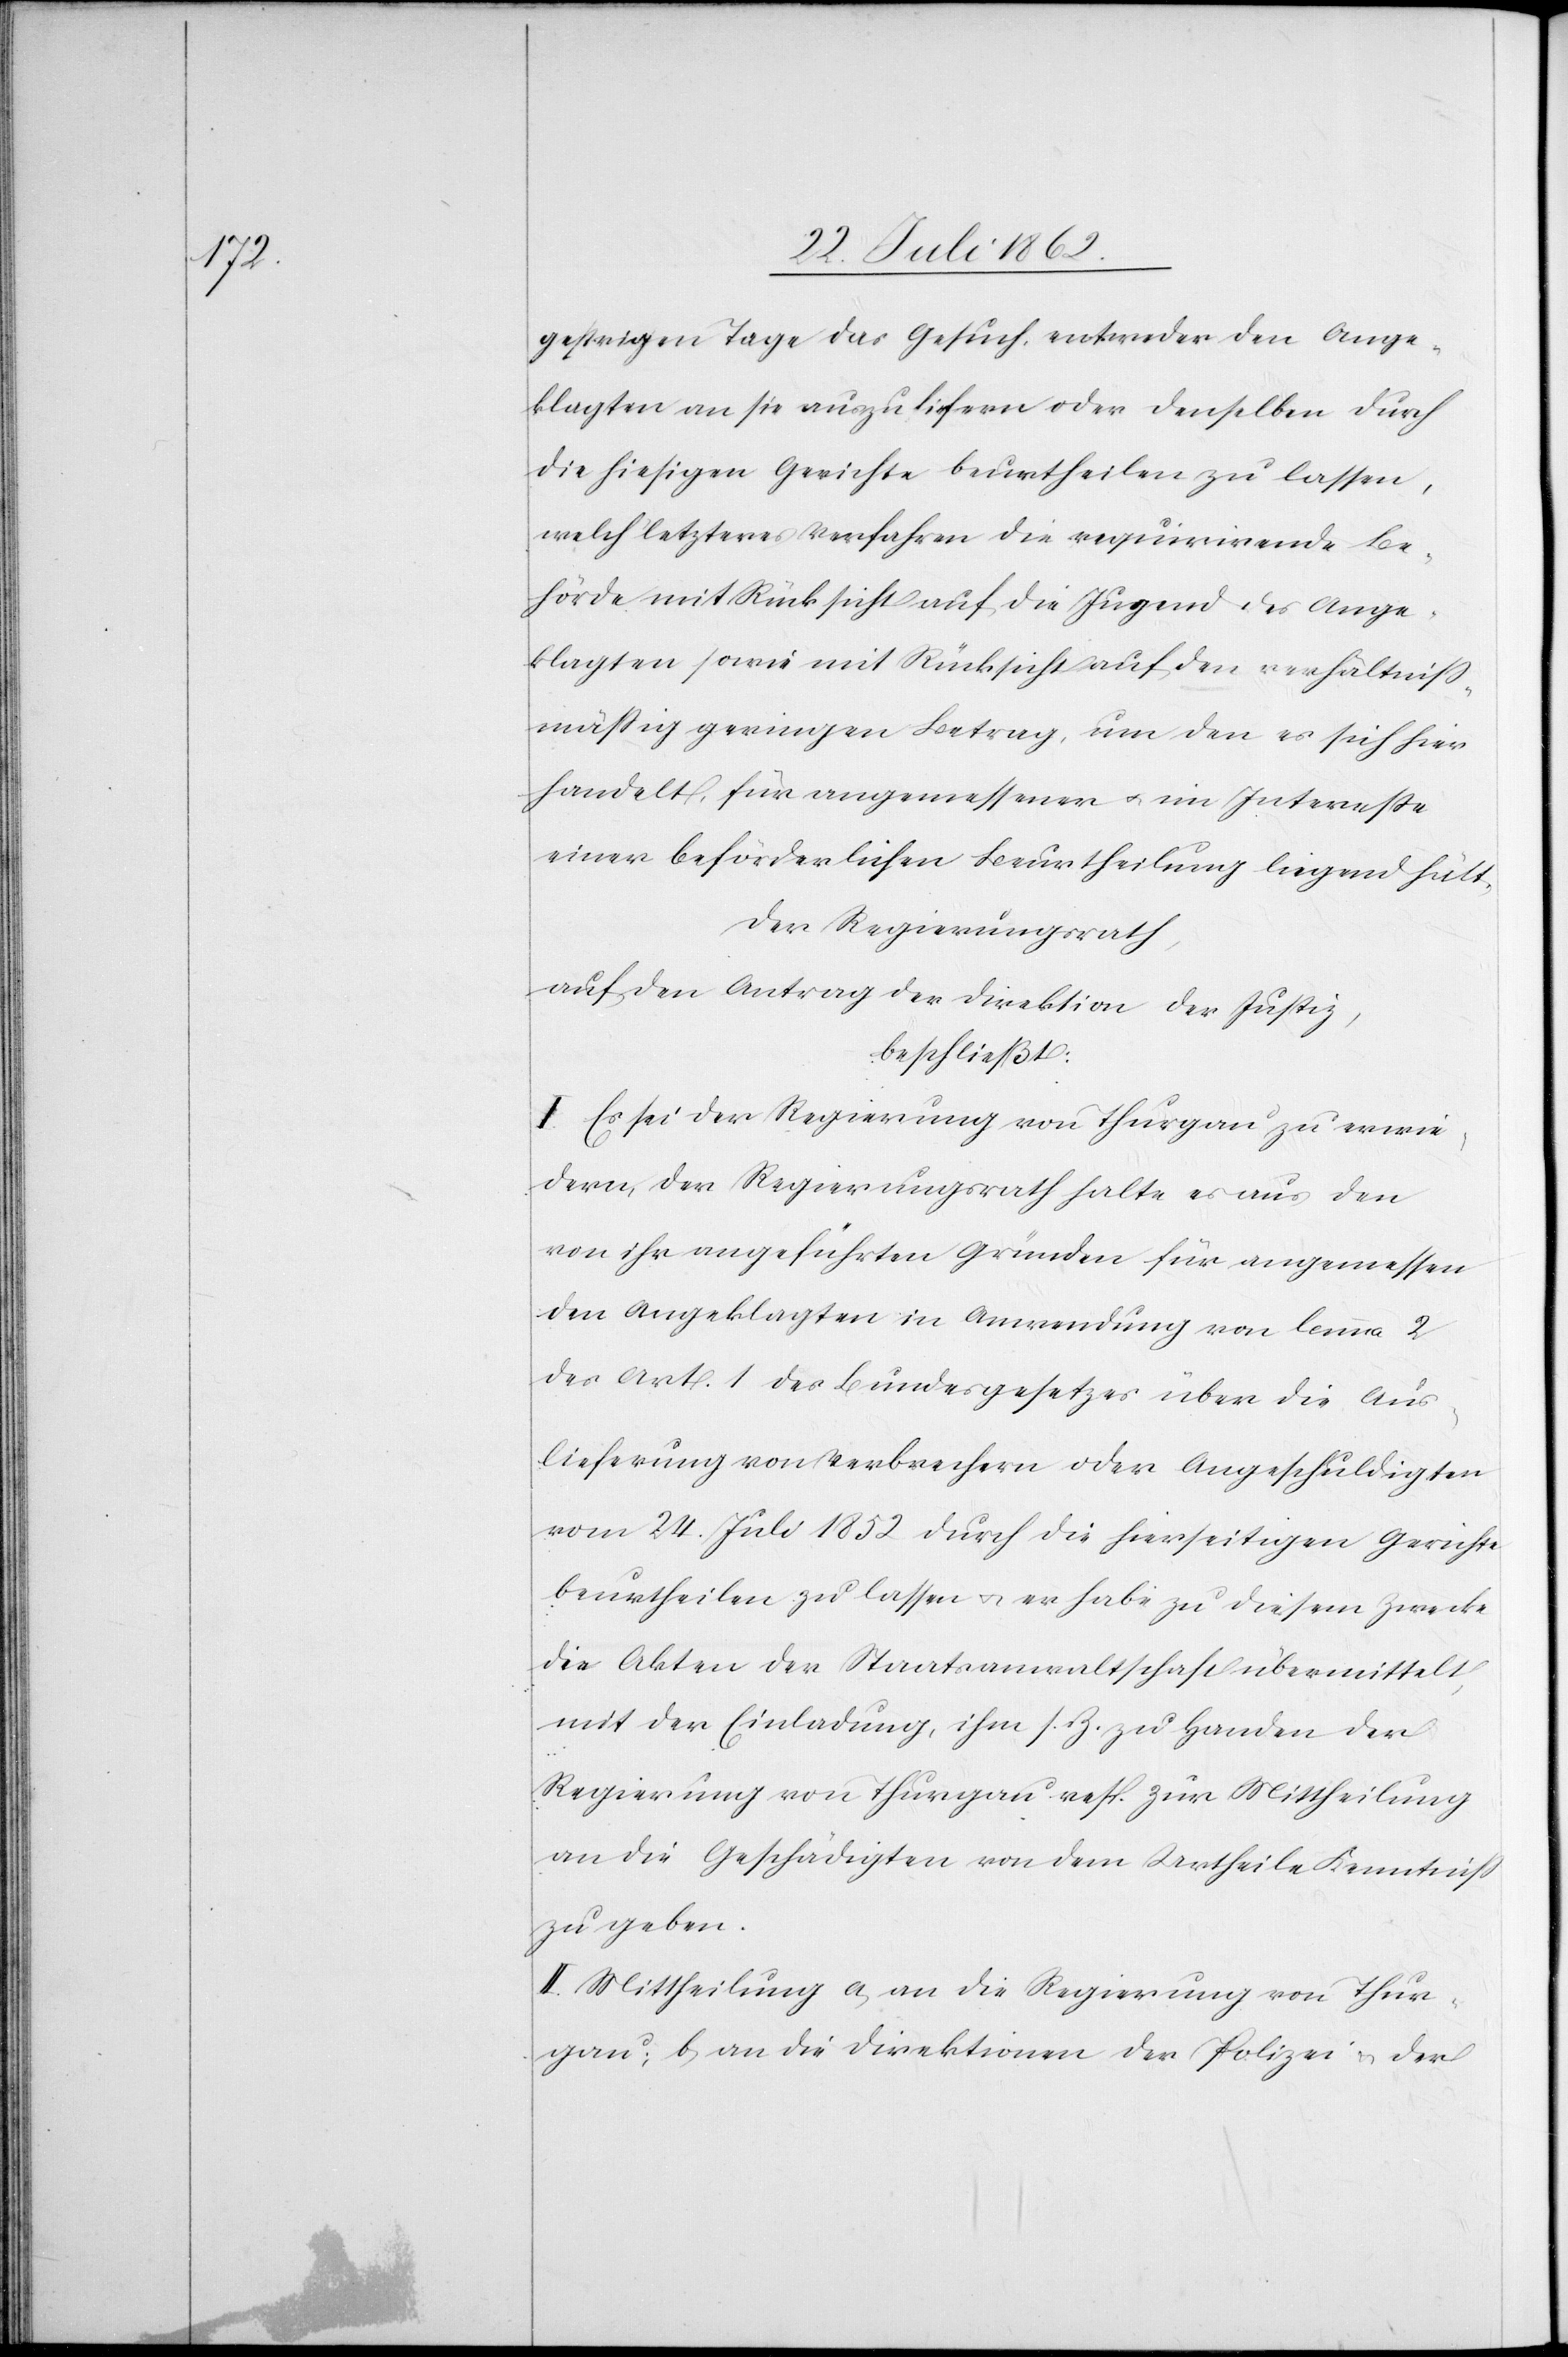
gestrigen Tage das Gesuch, entweder den Ange¬
klagten an sie auszuliefern oder denselben durch
die hiesigen Gerichte beurtheilen zu lassen,
welch’ letzteres Verfahren die requirirende Be¬
hörde mit Rücksicht auf die Jugend des Ange¬
klagten sowie mit Rücksicht auf den verhältniß¬
mäßig geringen Betrag, um den es sich hier
handelt, für angemessener u. im Interesse
einer beförderlichen Beurtheilung liegend hält.
Der Regierungsrath,
auf den Antrag der Direktion der Justiz,
beschließt:
I. Es sei der Regierung von Thurgau zu erwie¬
dern, der Regierungsrath halte es aus den
von ihr angeführten Gründen für angemessen
den Angeklagten in Anwendung von lemma 2
des Art. 1 des Bundesgesetzes über die Aus¬
lieferung von Verbrechern oder Angeschuldigten
vom 24. Juli1852 durch die hierseitigen Gerichte
beurtheilen zu lassen u. er habe zu diesem Zwecke
die Akten der Staatsanwaltschaft übermittelt,
mit der Einladung, ihm s. Z. zu Handen der
Regierung von Thurgau resp. zur Mittheilung
an die Geschädigten von dem Urtheile Kenntniß
zu geben.
II. Mittheilung a. an die Regierung von Thur¬
gau; b. an die Direktionen der Polizei u. der